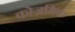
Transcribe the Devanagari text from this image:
कोज़मिक